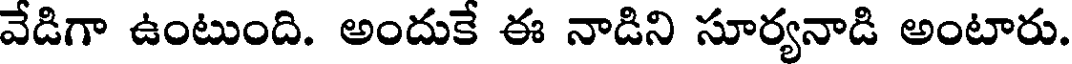
వేడిగా ఉంటుంది. అందుకే ఈ నాడిని సూర్యనాడి అంటారు.